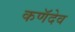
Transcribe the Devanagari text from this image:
कणॅदेव